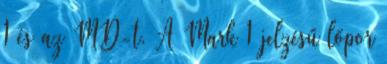
1 és az MD-t. A Mark 1 jelzésű lőpor